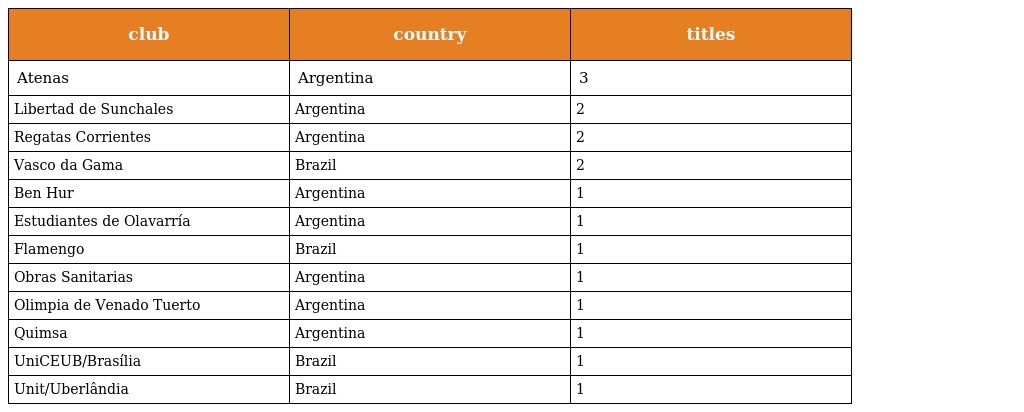
| club | country | titles |
 | --- | --- | --- |
 | Atenas | Argentina | 3 |
 | Libertad de Sunchales | Argentina | 2 |
 | Regatas Corrientes | Argentina | 2 |
 | Vasco da Gama | Brazil | 2 |
 | Ben Hur | Argentina | 1 |
 | Estudiantes de Olavarría | Argentina | 1 |
 | Flamengo | Brazil | 1 |
 | Obras Sanitarias | Argentina | 1 |
 | Olimpia de Venado Tuerto | Argentina | 1 |
 | Quimsa | Argentina | 1 |
 | UniCEUB/Brasília | Brazil | 1 |
 | Unit/Uberlândia | Brazil | 1 |